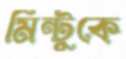
মিন্টুকে